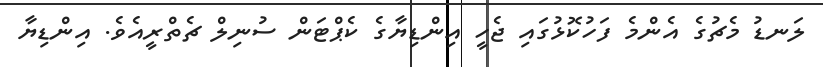
ލަނޑު މެޗުގެ އެންމެ ފަހުކޮޅުގައި ޖެހީ އިންޑިޔާގެ ކެޕްޓަން ސުނިލް ޗެތްރީއެވެ. އިންޑިޔާ